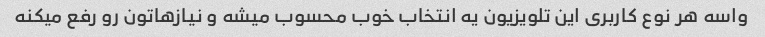
واسه هر نوع کاربری این تلویزیون یه انتخاب خوب محسوب میشه و نیازهاتون رو رفع میکنه